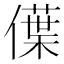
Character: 僷